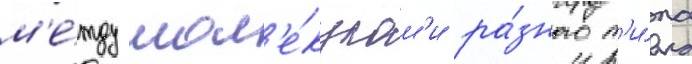
м'е́жду мол'е́кулам'и ра́зного т'и́па